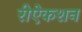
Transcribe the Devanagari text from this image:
रीऐकशन